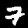
Label: 7